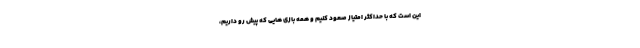
این است که با حداکثر امتیاز صعود کنیم و همه بازی هایی که پیش رو داریم،